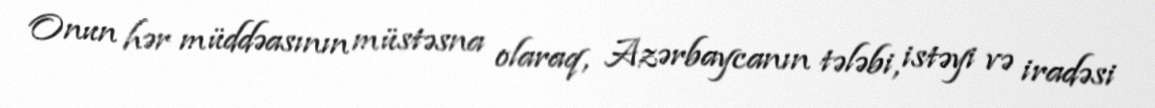
Onun hər müddəasının müstəsna olaraq, Azərbaycanın tələbi, istəyi və iradəsi